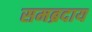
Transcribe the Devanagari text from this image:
समब्रदाय